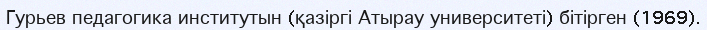
Гурьев педагогика институтын (қазіргі Атырау университеті) бітірген (1969).